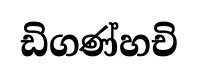
ඩිගණ්හචි